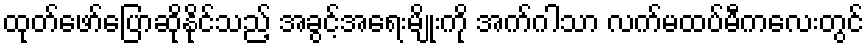
ထုတ်ဖော်ပြောဆိုနိုင်သည့် အခွင့်အရေးမျိုးကို အက်ဂါသာ လက်မထပ်မီကလေးတွင်